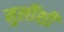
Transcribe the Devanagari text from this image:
मुलींशी